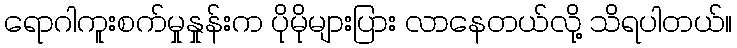
ရောဂါကူးစက်မှုနှုန်းက ပိုမိုများပြား လာနေတယ်လို့ သိရပါတယ်။